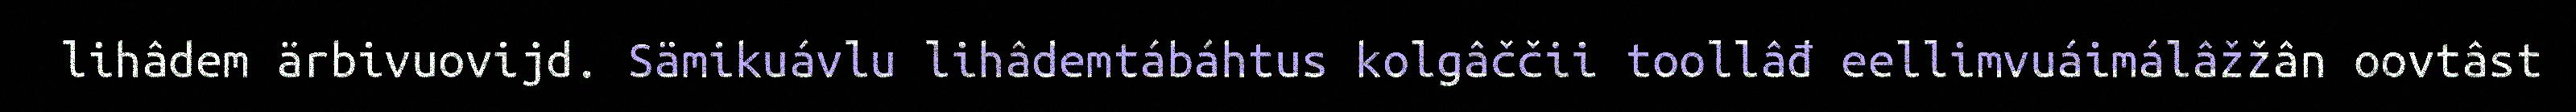
lihâdem ärbivuovijd. Sämikuávlu lihâdemtábáhtus kolgâččii toollâđ eellimvuáimálâžžân oovtâst